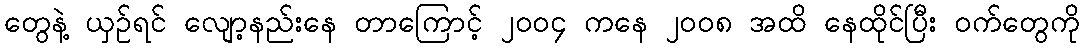
တွေနဲ့ ယှဉ်ရင် လျော့နည်းနေ တာကြောင့် ၂၀၀၄ ကနေ ၂၀၀၈ အထိ နေထိုင်ပြီး ဝက်တွေကို